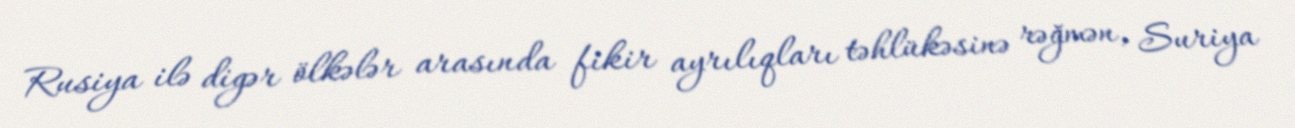
Rusiya ilə digər ölkələr arasında fikir ayrılıqları təhlükəsinə rəğmən, Suriya